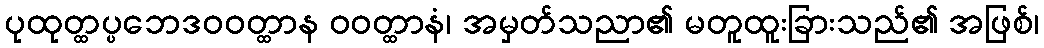
ပုထုတ္ထပ္ပဘေဒဝဝတ္ထာန ဝဝတ္ထာနံ၊ အမှတ်သညာ၏ မတူထူးခြားသည်၏ အဖြစ်၊